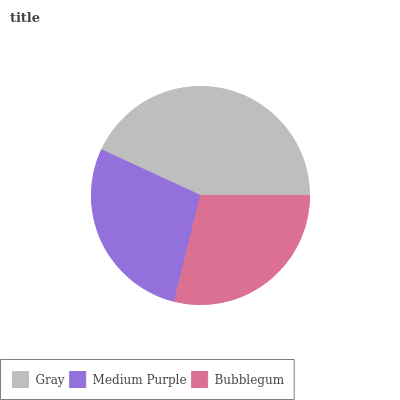
| Gray | Medium Purple | Bubblegum |
 | --- | --- | --- |
 | 43.2% | 28% | 28.8% |